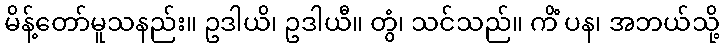
မိန့်တော်မူသနည်း။ ဥဒါယိ၊ ဥဒါယီ။ တွံ၊ သင်သည်။ ကိံ ပန၊ အဘယ်သို့